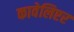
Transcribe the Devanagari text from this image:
कावेलिएर